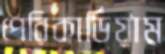
পেরিকার্ডিয়াম